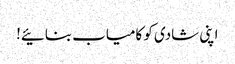
اپنی شادی کو کامیاب بنائیے!